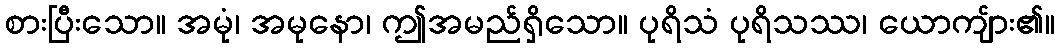
စားပြီးသော။ အမုံ၊ အမုနော၊ ဤအမည်ရှိသော။ ပုရိသံ ပုရိသဿ၊ ယောကျ်ား၏။